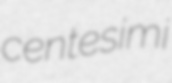
centesimi